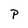
Character: p